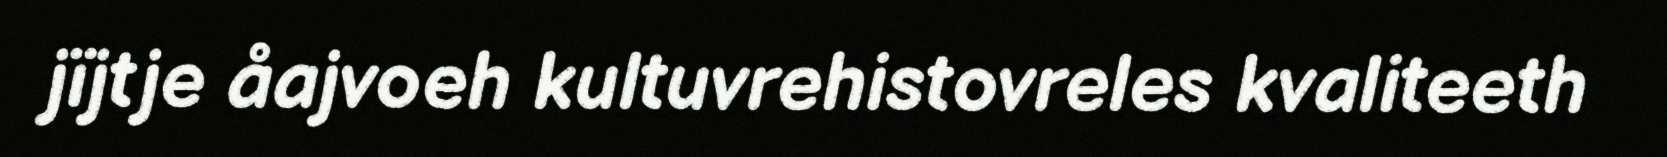
jïjtje åajvoeh kultuvrehistovreles kvaliteeth